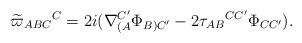
\begin{align*}\widetilde{\varpi }_{ABC}{}^{C}=2i(\nabla _{(A}^{C^{\prime }}\Phi_{B)C^{\prime }}-2\tau _{AB}{}^{CC^{\prime }}\Phi _{CC^{\prime }}).\end{align*}